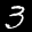
Label: 3